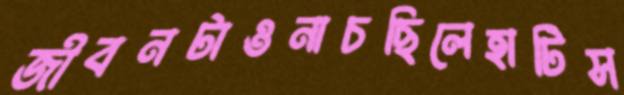
জীবনটাওনাচছিলেহাটিস